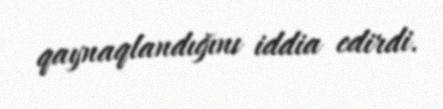
qaynaqlandığını iddia edirdi.